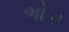
ભોગ